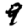
Digit: 9